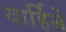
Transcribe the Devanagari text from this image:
बार्हिसे